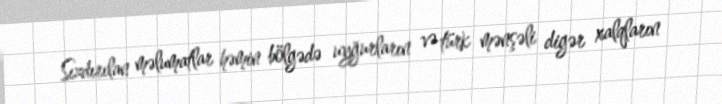
Sızdırılan məlumatlar həmin bölgədə uyğurların və türk mənşəli digər xalqların